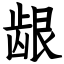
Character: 龈